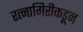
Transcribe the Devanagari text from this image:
रत्नागिरीकडून